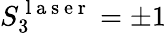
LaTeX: S_{3}^{\mathrm{~l~a~s~e~r~}}=\pm 1